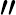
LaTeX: \prime\prime